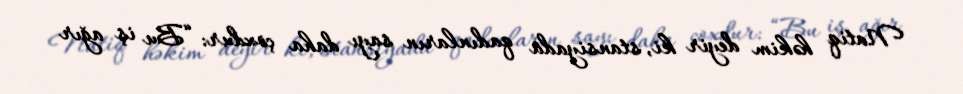
Natiq həkim deyir ki, stansiyada qadınların sayı daha çoxdur: “Bu iş ağır